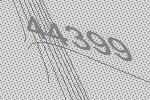
44399